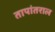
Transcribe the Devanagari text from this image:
तापांतराल